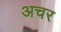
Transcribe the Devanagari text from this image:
अचर